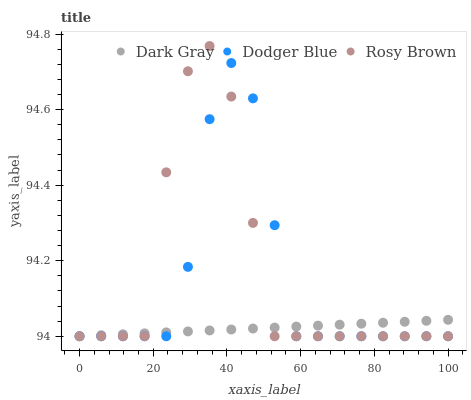
| xaxis_label | Dark Gray | Dodger Blue | Rosy Brown |
 | --- | --- | --- | --- |
 | 0 | 94 | 94 | 94 |
 | 5.88 | 94 | 94 | 94 |
 | 11.8 | 94 | 94 | 94 |
 | 17.6 | 94 | 94 | 94 |
 | 23.5 | 94 | 94 | 94.4 |
 | 29.4 | 94 | 94.2 | 94.7 |
 | 35.3 | 94 | 94.6 | 94.8 |
 | 41.2 | 94 | 94.7 | 94.6 |
 | 47.1 | 94 | 94.6 | 94.3 |
 | 52.9 | 94 | 94.3 | 94 |
 | 58.8 | 94 | 94 | 94 |
 | 64.7 | 94 | 94 | 94 |
 | 70.6 | 94 | 94 | 94 |
 | 76.5 | 94 | 94 | 94 |
 | 82.4 | 94 | 94 | 94 |
 | 88.2 | 94 | 94 | 94 |
 | 94.1 | 94 | 94 | 94 |
 | 100 | 94 | 94 | 94 |